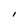
Character: I